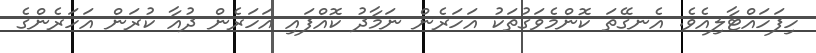
ހިފަހައްޓާލިއެވެ. އެނގޭތަ ކޮންމެވަގުތަކު އަހަރެން ނަމާދު ކޮއްފައި އަހަރެން ދުއާ ކުރަން އަހަރެންގެ